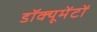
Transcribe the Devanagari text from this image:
डॉक्यूमेंटों